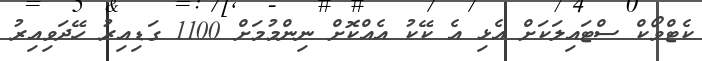
ކެޓްވޯކް ސްޓައިލަކަށް އެޅި އެ ކޭކު އެއްކޮށް ނިންމުމަށް 1100 ގަޑިއިރު ހޭދަވިއިރު